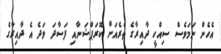
އެހެން ނަމަވެސް ސިއްހީ ދާއިރާގެ ތެރެއަށް ކޮރަޕްޝަނާއި ފަސާދަ ވަދެ އެ ދާއިރާގެ